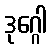
ဒုဂ္ဂေါ